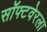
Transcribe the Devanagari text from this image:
सॉफ्टवेरला